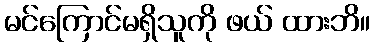
မင်ကြောင်မရှိသူကို ဖယ် ထားဘိ။